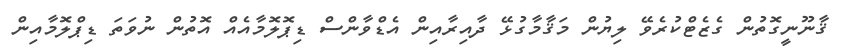
ޤާނޫނީގޮތުން ގެޒެޓްކުރެވޭ ލިޔުން މަޤާމާގުޅޭ ދާއިރާއިން އެޑްވާންސް ޑިޕޮލޮމާއެއް އޮތުން ނުވަތަ ޑިޕްލޮމާއިން